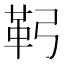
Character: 䩑